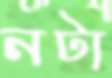
নটা